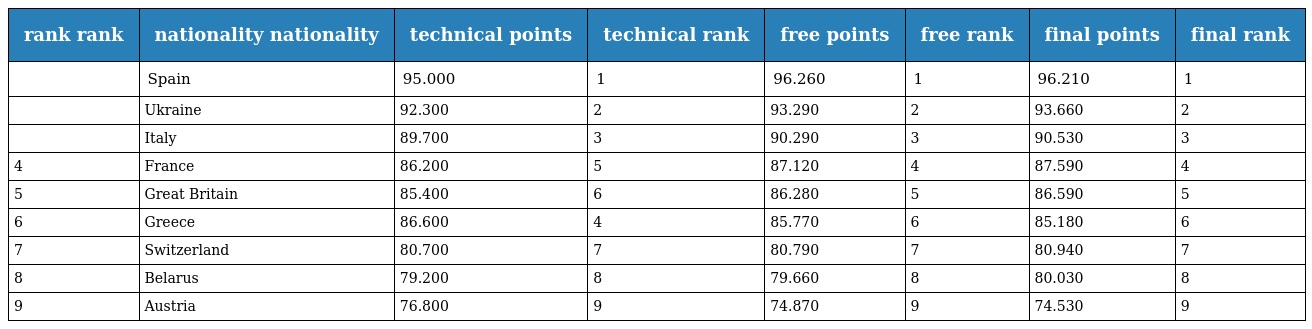
| rank rank | nationality nationality | technical points | technical rank | free points | free rank | final points | final rank |
 | --- | --- | --- | --- | --- | --- | --- | --- |
 |  | Spain | 95.000 | 1 | 96.260 | 1 | 96.210 | 1 |
 |  | Ukraine | 92.300 | 2 | 93.290 | 2 | 93.660 | 2 |
 |  | Italy | 89.700 | 3 | 90.290 | 3 | 90.530 | 3 |
 | 4 | France | 86.200 | 5 | 87.120 | 4 | 87.590 | 4 |
 | 5 | Great Britain | 85.400 | 6 | 86.280 | 5 | 86.590 | 5 |
 | 6 | Greece | 86.600 | 4 | 85.770 | 6 | 85.180 | 6 |
 | 7 | Switzerland | 80.700 | 7 | 80.790 | 7 | 80.940 | 7 |
 | 8 | Belarus | 79.200 | 8 | 79.660 | 8 | 80.030 | 8 |
 | 9 | Austria | 76.800 | 9 | 74.870 | 9 | 74.530 | 9 |